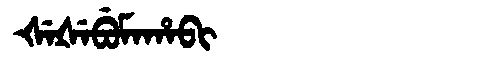
Manchu: ᡧᡝᡧᡝᠪᡠᠮᠠᡥᠠᠪᡳ
Romanization: ŠEŠEBUMAHABI